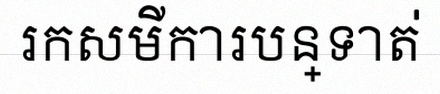
រកសមីការបន្ទាត់